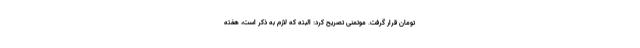
تومان قرار گرفت. موتمنی تصریح کرد: البته که لازم به ذکر است، هفته